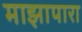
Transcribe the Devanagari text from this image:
माझापारा